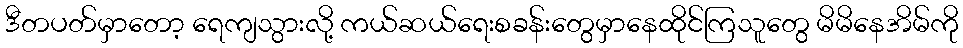
ဒီတပတ်မှာတော့ ရေကျသွားလို့ ကယ်ဆယ်ရေးစခန်းတွေမှာနေထိုင်ကြသူတွေ မိမိနေအိမ်ကို